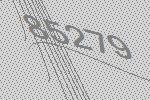
85279